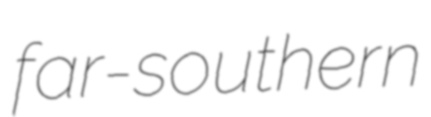
far-southern